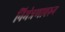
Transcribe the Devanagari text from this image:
निमंत्रणावरुन